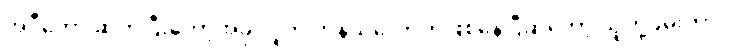
အဲဒီတော့ ဆက်ပြီးတော့အခု လူက ကုန်သလောက်ဖြစ်နေပြီဆိုတော့ သူတို့ဖမ်းတာ။